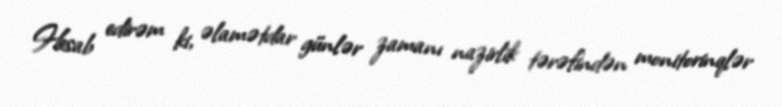
Hesab edirəm ki, əlamətdar günlər zamanı nazirlik tərəfindən monitorinqlər